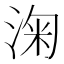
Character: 淗